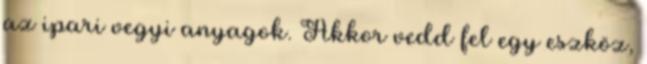
az ipari vegyi anyagok. Akkor vedd fel egy eszköz,